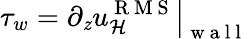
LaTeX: \tau_{w}=\left.\partial_{\mathit{z}}u_{\mathcal{{H}}}^{\mathrm{{~R~M~S~}}}\right\vert_{\mathrm{{~w~a~l~l~}}}